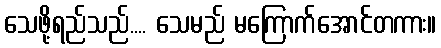
သေဖို့ရည်သည်.... သေမည် မကြောက်အောင်တကား။